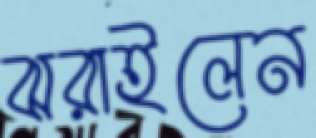
ঝরাইলেন